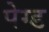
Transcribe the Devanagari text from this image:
पेग्ड